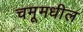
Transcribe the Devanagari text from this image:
चमूमधील